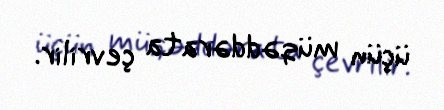
üçün müqəddərata çevrilir.